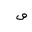
Letter: _sad